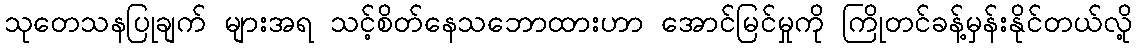
သုတေသနပြုချက် များအရ သင့်စိတ်နေသဘောထားဟာ အောင်မြင်မှုကို ကြိုတင်ခန့်မှန်းနိုင်တယ်လို့